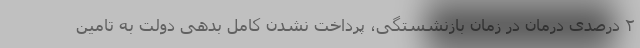
۲ درصدی درمان در زمان بازنشستگی، پرداخت نشدن کامل بدهی دولت به تامین